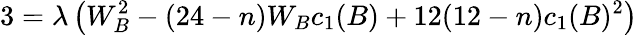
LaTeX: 3=\lambda\left(W_{B}^{2}-(24-n)W_{B}c_{1}(B)+12(12-n)c_{1}(B)^{2}\right)